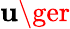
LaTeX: \mathbf{u}\ger